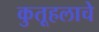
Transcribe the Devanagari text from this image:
कुतूहलाचे